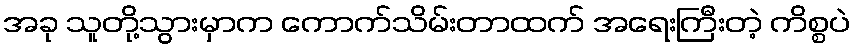
အခု သူတို့သွားမှာက ကောက်သိမ်းတာထက် အရေးကြီးတဲ့ ကိစ္စပဲ